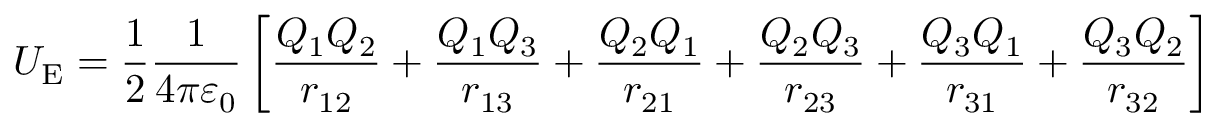
U _ { \mathrm { E } } = { \frac { 1 } { 2 } } { \frac { 1 } { 4 \pi \varepsilon _ { 0 } } } \left[ { \frac { Q _ { 1 } Q _ { 2 } } { r _ { 1 2 } } } + { \frac { Q _ { 1 } Q _ { 3 } } { r _ { 1 3 } } } + { \frac { Q _ { 2 } Q _ { 1 } } { r _ { 2 1 } } } + { \frac { Q _ { 2 } Q _ { 3 } } { r _ { 2 3 } } } + { \frac { Q _ { 3 } Q _ { 1 } } { r _ { 3 1 } } } + { \frac { Q _ { 3 } Q _ { 2 } } { r _ { 3 2 } } } \right]